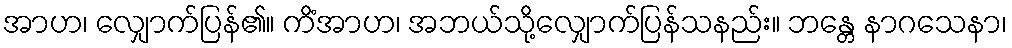
အာဟ၊ လျှောက်ပြန်၏။ ကိံအာဟ၊ အဘယ်သို့လျှောက်ပြန်သနည်း။ ဘန္တေ နာဂသေနာ၊